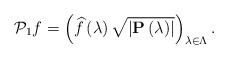
LaTeX: \begin{align*}\mathcal{P}_{1}f=\left( \widehat{f}\left( \lambda\right) \sqrt{\left\vert\mathbf{P}\left( \lambda\right) \right\vert }\right) _{\lambda\in\Lambda}.\end{align*}